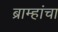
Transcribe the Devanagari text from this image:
ब्राम्हांचा